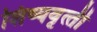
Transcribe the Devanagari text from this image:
शिष्‍यवृत्‍ती